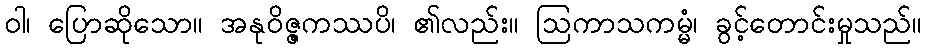
ဝါ၊ ပြောဆိုသော။ အနုဝိဇ္ဇကဿပိ၊ ၏လည်း။ ဩကာသကမ္မံ၊ ခွင့်တောင်းမှုသည်။